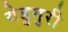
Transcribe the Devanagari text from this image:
येडुगुरी